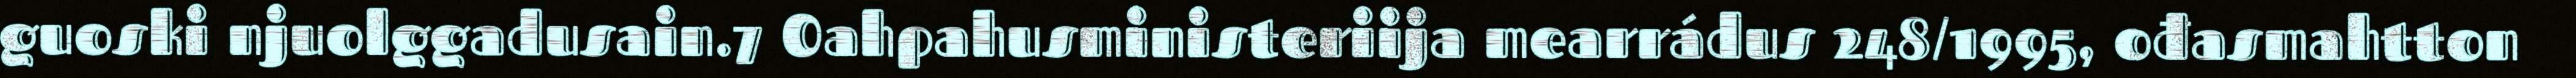
guoski njuolggadusain.7 Oahpahusministeriija mearrádus 248/1995, ođasmahtton